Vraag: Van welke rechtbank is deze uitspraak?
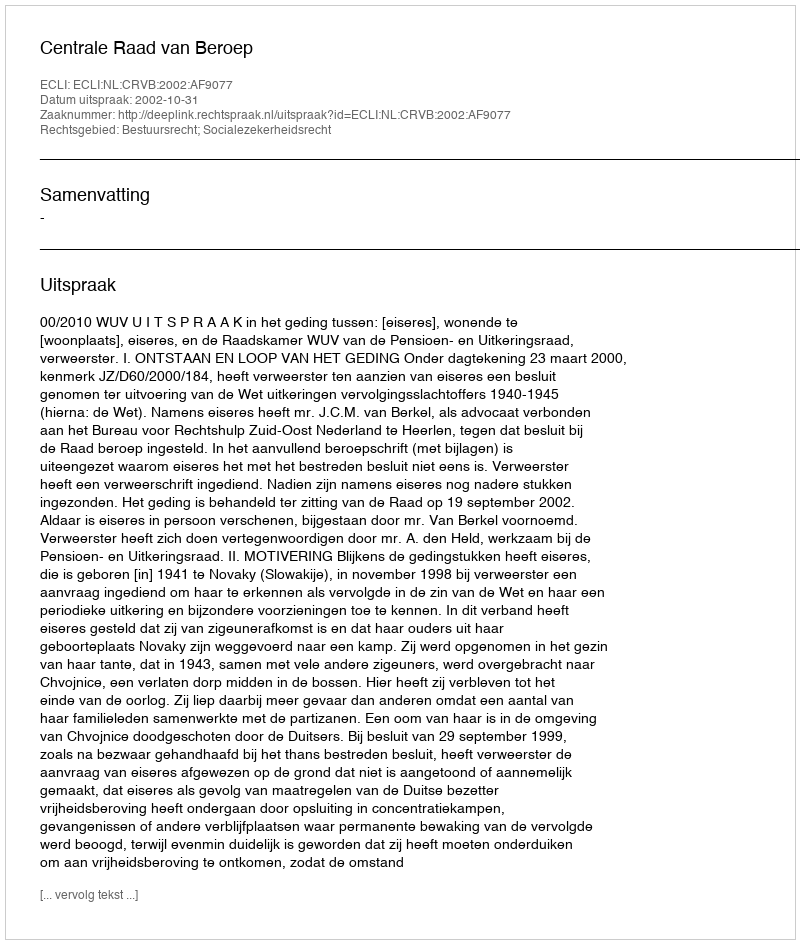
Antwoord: Centrale Raad van Beroep